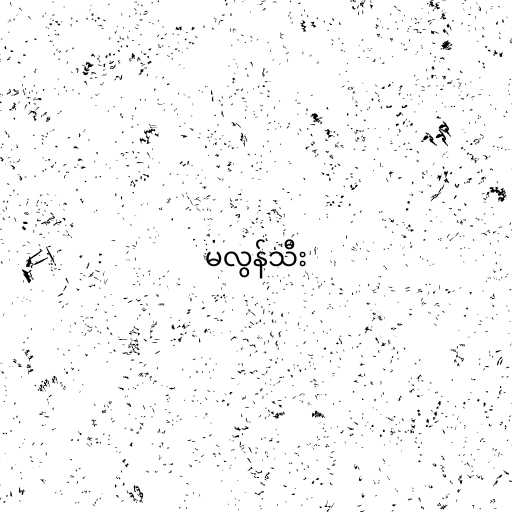
မလွန်သီး